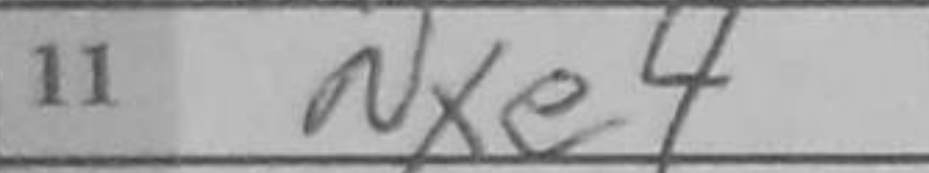
Transcription: Nxe4